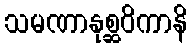
သမဏာနုစ္ဆဝိကာနိ